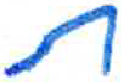
אות: ת